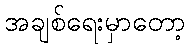
အချစ်ရေးမှာတော့